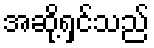
အဆို့ရှင်သည်